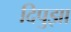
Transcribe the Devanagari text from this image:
दिपुझा